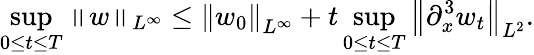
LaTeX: \displaystyle\operatorname*{sup}_{0\leq t\leq T}\left\| w\right\| _{L^{\infty}}\leq\left\| w_{0}\right\| _{L^{\infty}}+t\displaystyle\operatorname*{sup}_{0\leq t\leq T}\left\| \partial_{x}^{3}w_{t}\right\| _{L^{2}}.